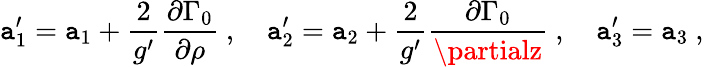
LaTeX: \mathtt{a}_{1}^{\prime}=\mathtt{a}_{1}+{\frac{{2}}{{g^{\prime}}}}{\frac{{\partial\Gamma_{0}}}{{\partial\rho}}}\ ,\quad\mathtt{a}_{2}^{\prime}=\mathtt{a}_{2}+{\frac{{2}}{{g^{\prime}}}}{\frac{{\partial\Gamma_{0}}}{{\partialz}}}\ ,\quad\mathtt{a}_{3}^{\prime}=\mathtt{a}_{3}\ ,